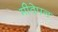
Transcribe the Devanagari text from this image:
मीठेपन